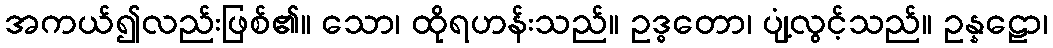
အကယ်၍လည်းဖြစ်၏။ သော၊ ထိုရဟန်းသည်။ ဥဒ္ဓတော၊ ပျံ့လွင့်သည်။ ဥန္နဠော၊